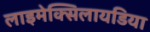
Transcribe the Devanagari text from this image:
लाइमेक्सिलायडिया